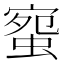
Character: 䗕